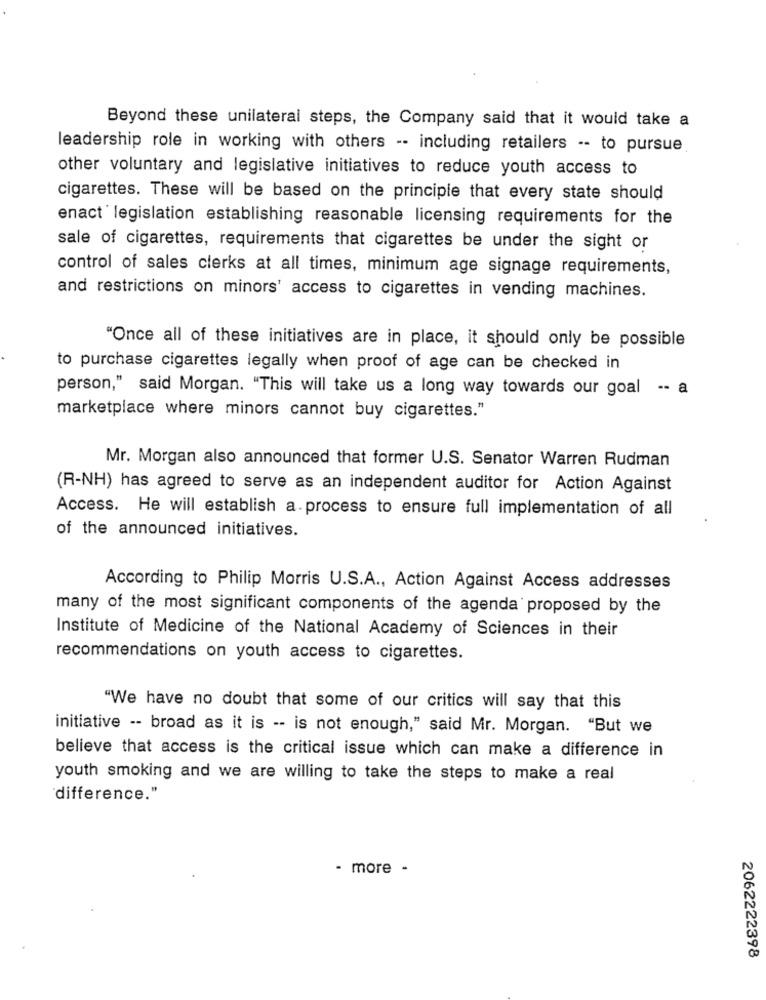
Beyond these unilateral steps, the Company said that it would take a
leadership role in working with others -- including retailers -- to pursue
other voluntary and legislative initiatives to reduce youth access to
cigarettes. These will be based on the principle that every state should
enact legislation establishing reasonable licensing requirements for the
sale of cigarettes, requirements that cigarettes be under the sight or
control of sales clerks at all times, minimum age signage requirements,
and restrictions on minors' access to cigarettes in vending machines.
"Once all of these initiatives are in place, it should only be possible
to purchase cigarettes legally when proof of age can be checked in
person," said Morgan. "This will take us a long way towards our goal .. a
marketplace where minors cannot buy cigarettes."
Mr. Morgan also announced that former U.S. Senator Warren Rudman
(R-NH) has agreed to serve as an independent auditor for Action Against
Access. He will establish a.process to ensure full implementation of all
of the announced initiatives.
According to Philip Morris U.S.A ., Action Against Access addresses
many of the most significant components of the agenda proposed by the
Institute of Medicine of the National Academy of Sciences in their
recommendations on youth access to cigarettes.
"We have no doubt that some of our critics will say that this
initiative -- broad as it is -- is not enough," said Mr. Morgan. "But we
believe that access is the critical issue which can make a difference in
youth smoking and we are willing to take the steps to make a real
difference."
- more -
2062222398